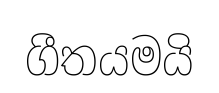
ගීතයමයි